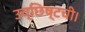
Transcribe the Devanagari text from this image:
उच्छिष्टची।